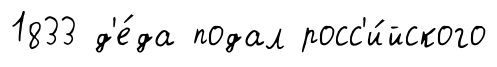
1833 д'е́да подал росс'и́йского